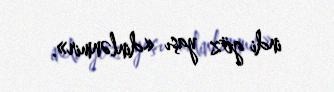
indi göz yaşı «dinlənmir».